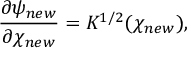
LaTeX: \frac { \partial \psi _ { n e w } } { \partial \chi _ { n e w } } = K ^ { 1 / 2 } ( \chi _ { n e w } ) ,